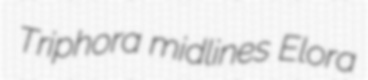
Triphora midlines Elora